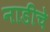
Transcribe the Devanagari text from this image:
नाडीचे